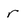
Character: r